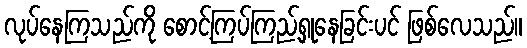
လုပ်နေကြသည်ကို စောင့်ကြပ်ကြည့်ရှုနေခြင်းပင် ဖြစ်လေသည်။